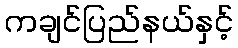
ကချင်ပြည်နယ်နှင့်